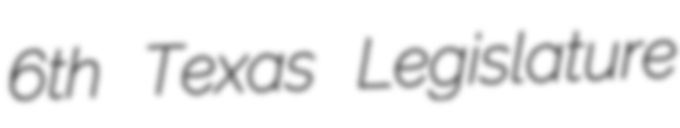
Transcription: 6th Texas Legislature